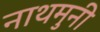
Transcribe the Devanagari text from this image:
नाथमुनी